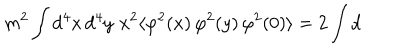
m ^ { 2 } \int \mathrm { d } ^ { 4 } x \, \mathrm { d } ^ { 4 } y \, \, x ^ { 2 } \langle \varphi ^ { 2 } ( x ) \, \varphi ^ { 2 } ( y ) \, \varphi ^ { 2 } ( 0 ) \rangle = 2 \int \mathrm { d }